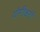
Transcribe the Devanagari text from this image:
योगीश्वरों